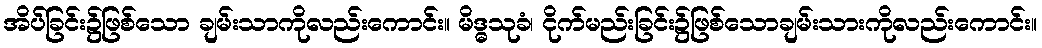
အိပ်ခြင်း၌ဖြစ်သော ချမ်းသာကိုလည်းကောင်း။ မိဒ္ဓသုခံ၊ ငိုက်မည်းခြင်း၌ဖြစ်သောချမ်းသားကိုလည်းကောင်း။